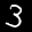
Label: 3